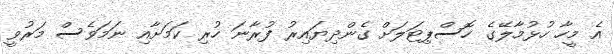
އެ މީހާ ހުޅުމާލޭގެ ހޮސްޕިޓަލަށް ގެންދިޔައިރު ފުރާނަ ހުރި ކަމަށާއި ނަމަވެސް މަރުވީ